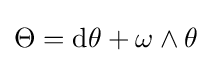
\Theta =\mathrm {d} \theta +\omega \wedge \theta